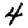
Digit: 4